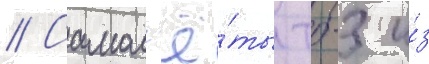
// Самол'ё́ты тб-3 и́з